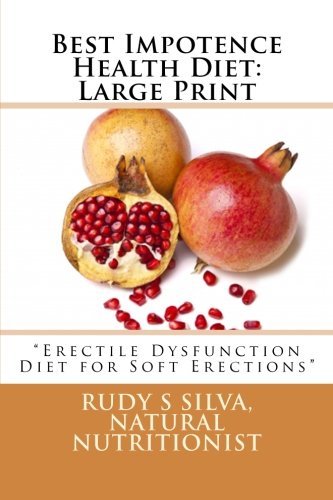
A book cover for Best Impotence Health Diet: Large Print: Erectile Dysfunction Diet for Soft Erections; Rudy Silva Silva; Health, Fitness & Dieting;